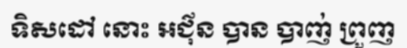
ទិសដៅ នោះ អជ៌ុន បាន បាញ់ ព្រួញ